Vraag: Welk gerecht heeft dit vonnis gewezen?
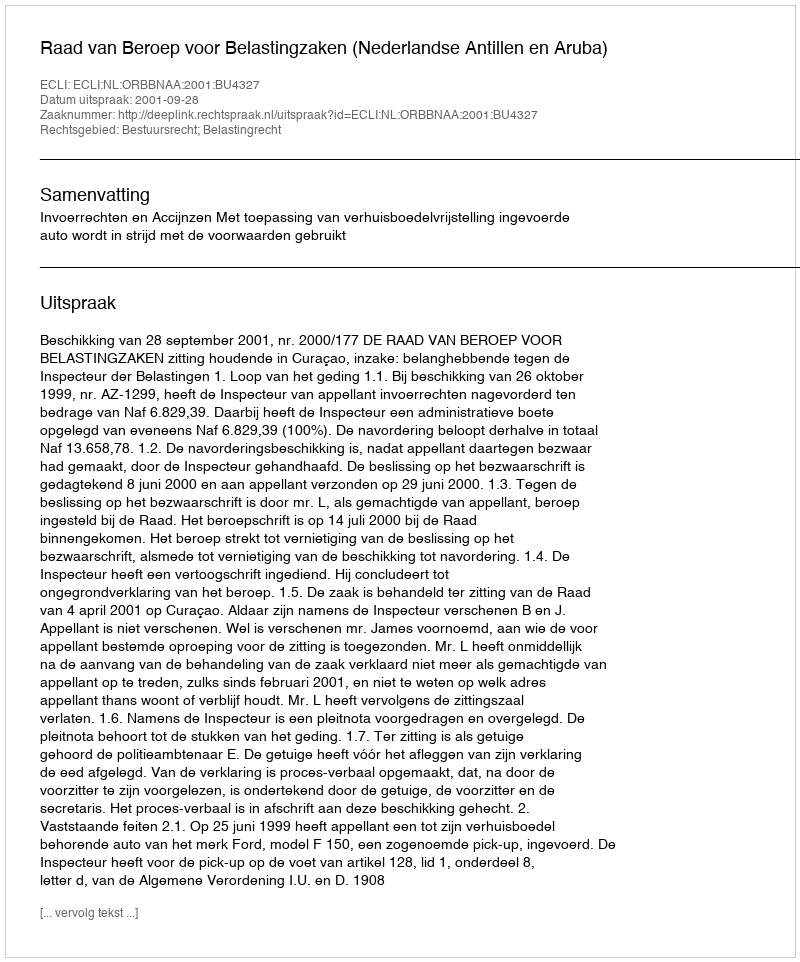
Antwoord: Raad van Beroep voor Belastingzaken (Nederlandse Antillen en Aruba)